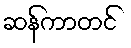
ဆန်ကာတင်